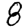
Digit: 8